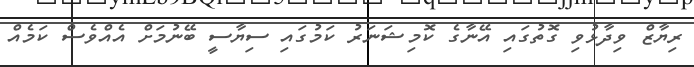
ރިޔާޒް ވިދާޅުވި ގޮތުގައި އޭނާގެ ކޮމިޝަނަރު ކަމުގައި ސިޔާސީ ބޭނުމަށް އެއްވެސް ކަމެއް